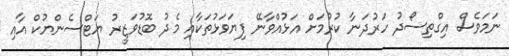
ނަމަވެސް އިގްތިސޯދު ހަރުދަނާ ކުރުމަށް އަޅުއްވާނޭ ފިޔަވަޅުތަކާއި މެދު ބޮޑުވަޒީރު ޔަޓްސެންޔުކް އާއި